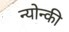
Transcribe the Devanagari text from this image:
न्योन्की